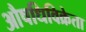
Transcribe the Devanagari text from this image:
औषधिविक्रेता